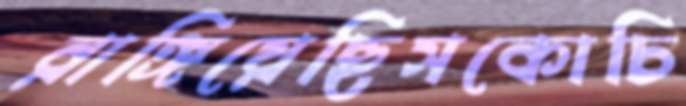
রাঙ্গিয়েছিসকোচি